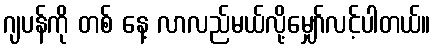
ဂျပန်ကို တစ် နေ့ လာလည်မယ်လို့မျှော်လင့်ပါတယ်။